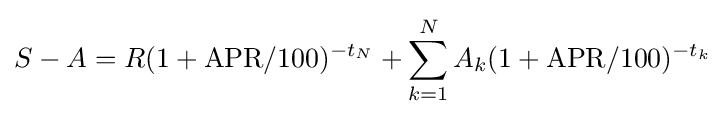
S-A=R(1+\mathrm {APR} /100)^{-t_{N}}+\sum _{k=1}^{N}A_{k}(1+\mathrm {APR} /100)^{-t_{k}}